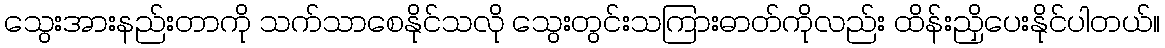
သွေးအားနည်းတာကို သက်သာစေနိုင်သလို သွေးတွင်းသကြားဓာတ်ကိုလည်း ထိန်းညှိပေးနိုင်ပါတယ်။